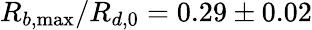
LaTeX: R_{b,\operatorname*{max}}/R_{d,0}=0.29\pm 0.02